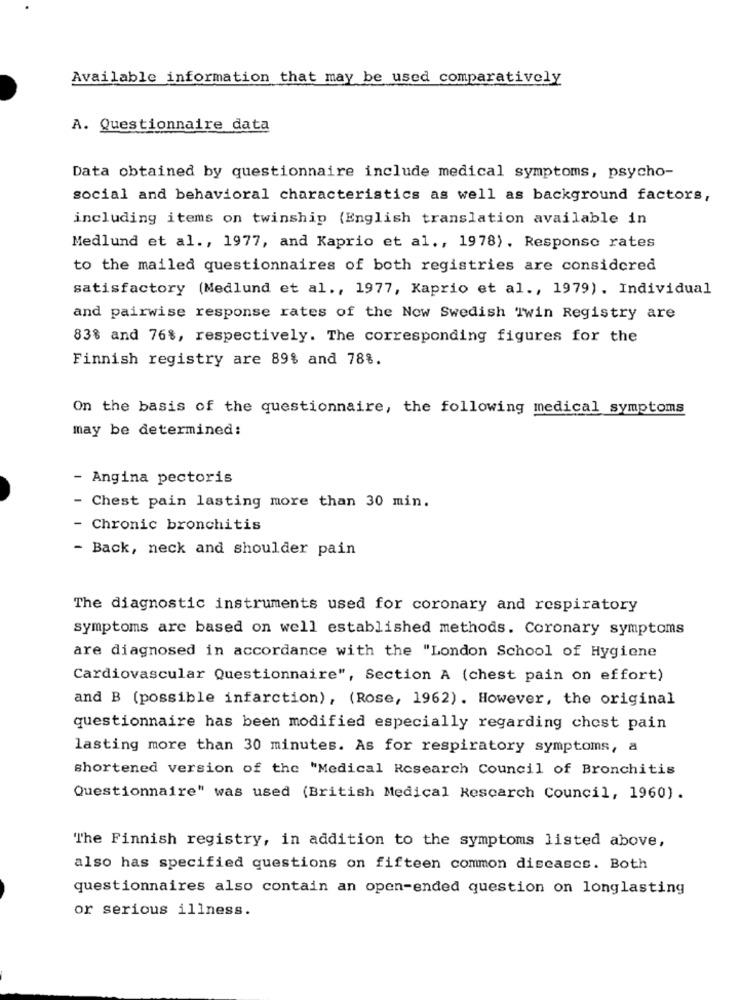
Available information that may be used comparatively
A. Questionnaire data
Data obtained by questionnaire include medical symptoms, psycho-
social and behavioral characteristics as well as background factors,
including items on twinship (English translation available in
Medlund et al ., 1977, and Kaprio et al ., 1978). Response rates
to the mailed questionnaires of both registries are considered
satisfactory (Medlund et al ., 1977, Kaprio et al ., 1979). Individual
and pairwise response rates of the New Swedish Twin Registry are
83% and 76%, respectively. The corresponding figures for the
Finnish registry are 89% and 78%.
On the basis of the questionnaire, the following medical symptoms
may be determined:
- Angina pectoris
- Chest pain lasting more than 30 min.
- Chronic bronchitis
- Back, neck and shoulder pain
The diagnostic instruments used for coronary and respiratory
symptoms are based on well established methods. Coronary symptoms
are diagnosed in accordance with the "London School of Hygiene
Cardiovascular Questionnaire", Section A (chest pain on effort)
and B (possible infarction), (Rose, 1962). However, the original
questionnaire has been modified especially regarding chest pain
lasting more than 30 minutes. As for respiratory symptoms, a
shortened version of the "Medical Research Council of Bronchitis
Questionnaire" was used (British Medical Research Council, 1960).
The Finnish registry, in addition to the symptoms listed above,
also has specified questions on fifteen common diseases. Both
questionnaires also contain an open-ended question on longlasting
or serious illness.